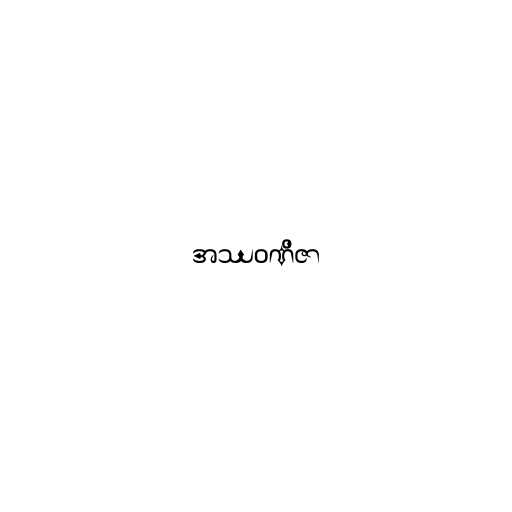
အဿဝဏိဇာ